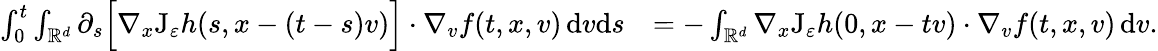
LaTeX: \begin{array}{rl}{\int_{0}^{t}\int_{\mathbb R^{d}}\partial_{s}\Big[\nabla_{x}\mathrm{J}_{\varepsilon}h(s,x-(t-s)v)\Big]\cdot\nabla_{v}f(t,x,v)\, \mathrm{d}v\mathrm{d}s}&{=-\int_{\mathbb R^{d}}\nabla_{x}\mathrm{J}_{\varepsilon}h(0,x-tv)\cdot\nabla_{v}f(t,x,v)\, \mathrm{d}v.}\end{array}